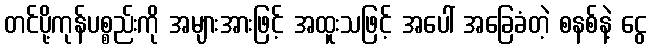
တင်ပို့ကုန်ပစ္စည်းကို အများအားဖြင့် အထူးသဖြင့် အပေါ် အခြေခံတဲ့ စနစ်နဲ့ ငွေ